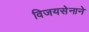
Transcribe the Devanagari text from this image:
विजयसेनाने